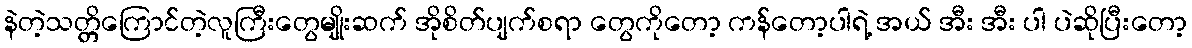
နဲတဲ့သတ္တိကြောင်တဲ့လူကြီးတွေမျိုးဆက် အိုစိတ်ပျက်စရာ တွေကိုတော့ ကန်တော့ပါရဲ့ အယ် အီး အီး ပါ ပဲဆိုပြီးတော့